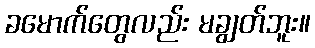
ခမောက်တွေလည်း မချွတ်ဘူး။